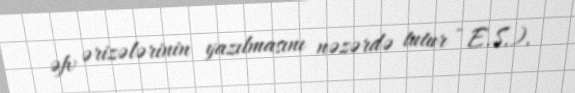
əfv ərizələrinin yazılmasını nəzərdə tutur - E.S.).